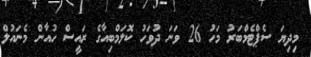
މިދިޔަ ސެޕްޓެމްބަރު މަހު 26 ވަނަ ދުވަހު ކޮލަމްބިއާގެ ރައީސް ހުއާން މެނައުލް